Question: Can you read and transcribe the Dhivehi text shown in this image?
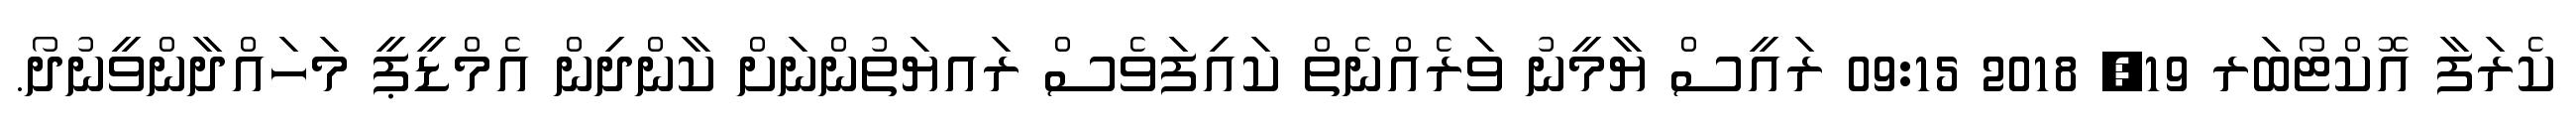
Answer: ކެރަފާ އޮކްޓޯބަރ 19, 2018 09:15 ރައީސް ޔާމީނު ވަރެއްނެތް ކައިފަވެސް ރައޔަތުންނަށް ކާންދިން އެމްޑީޕީ މަހައްދާންވީނުދޯ.